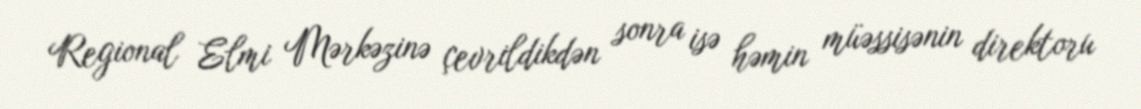
Regional Elmi Mərkəzinə çevrildikdən sonra isə həmin müəssisənin direktoru